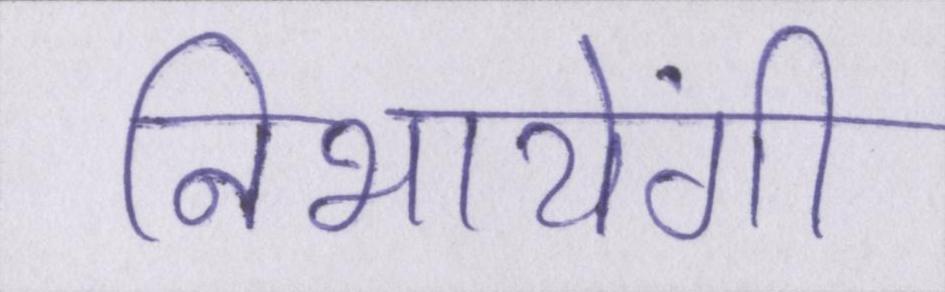
निभायेंगी